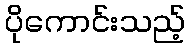
ပိုကောင်းသည့်